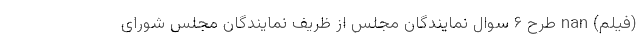
(فیلم) nan طرح ۶ سوال نمایندگان مجلس از ظریف نمایندگان مجلس شورای